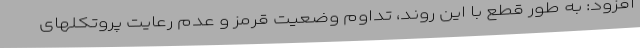
افزود: به طور قطع با این روند، تداوم وضعیت قرمز و عدم رعایت پروتکلهای